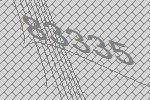
83335